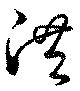
洪